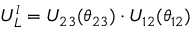
U _ { L } ^ { l } = U _ { 2 3 } ( \theta _ { 2 3 } ) \cdot U _ { 1 2 } ( \theta _ { 1 2 } )